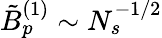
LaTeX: \tilde{B}_{p}^{(1)}\sim N_{s}^{-1/2}